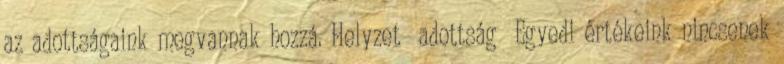
az adottságaink megvannak hozzá. Helyzet adottság ▪Egyedi értékeink nincsenek